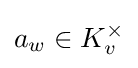
a_{w}\in K_{v}^{\times }